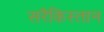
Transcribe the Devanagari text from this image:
सरैकिस्तान